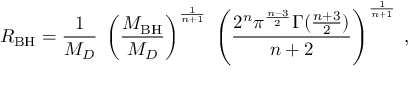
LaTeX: R _ { \mathrm { B H } } = \frac { 1 } { M _ { D } } \; \left( \frac { M _ { \mathrm { B H } } } { M _ { D } } \right) ^ { \frac { 1 } { n + 1 } } \; \left( \frac { 2 ^ { n } \pi ^ { \frac { n - 3 } { 2 } } \Gamma ( \frac { n + 3 } { 2 } ) } { n + 2 } \right) ^ { \frac { 1 } { n + 1 } } \; ,